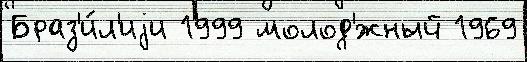
Браз'и́л'иjи 1999 молод'́жный 1969